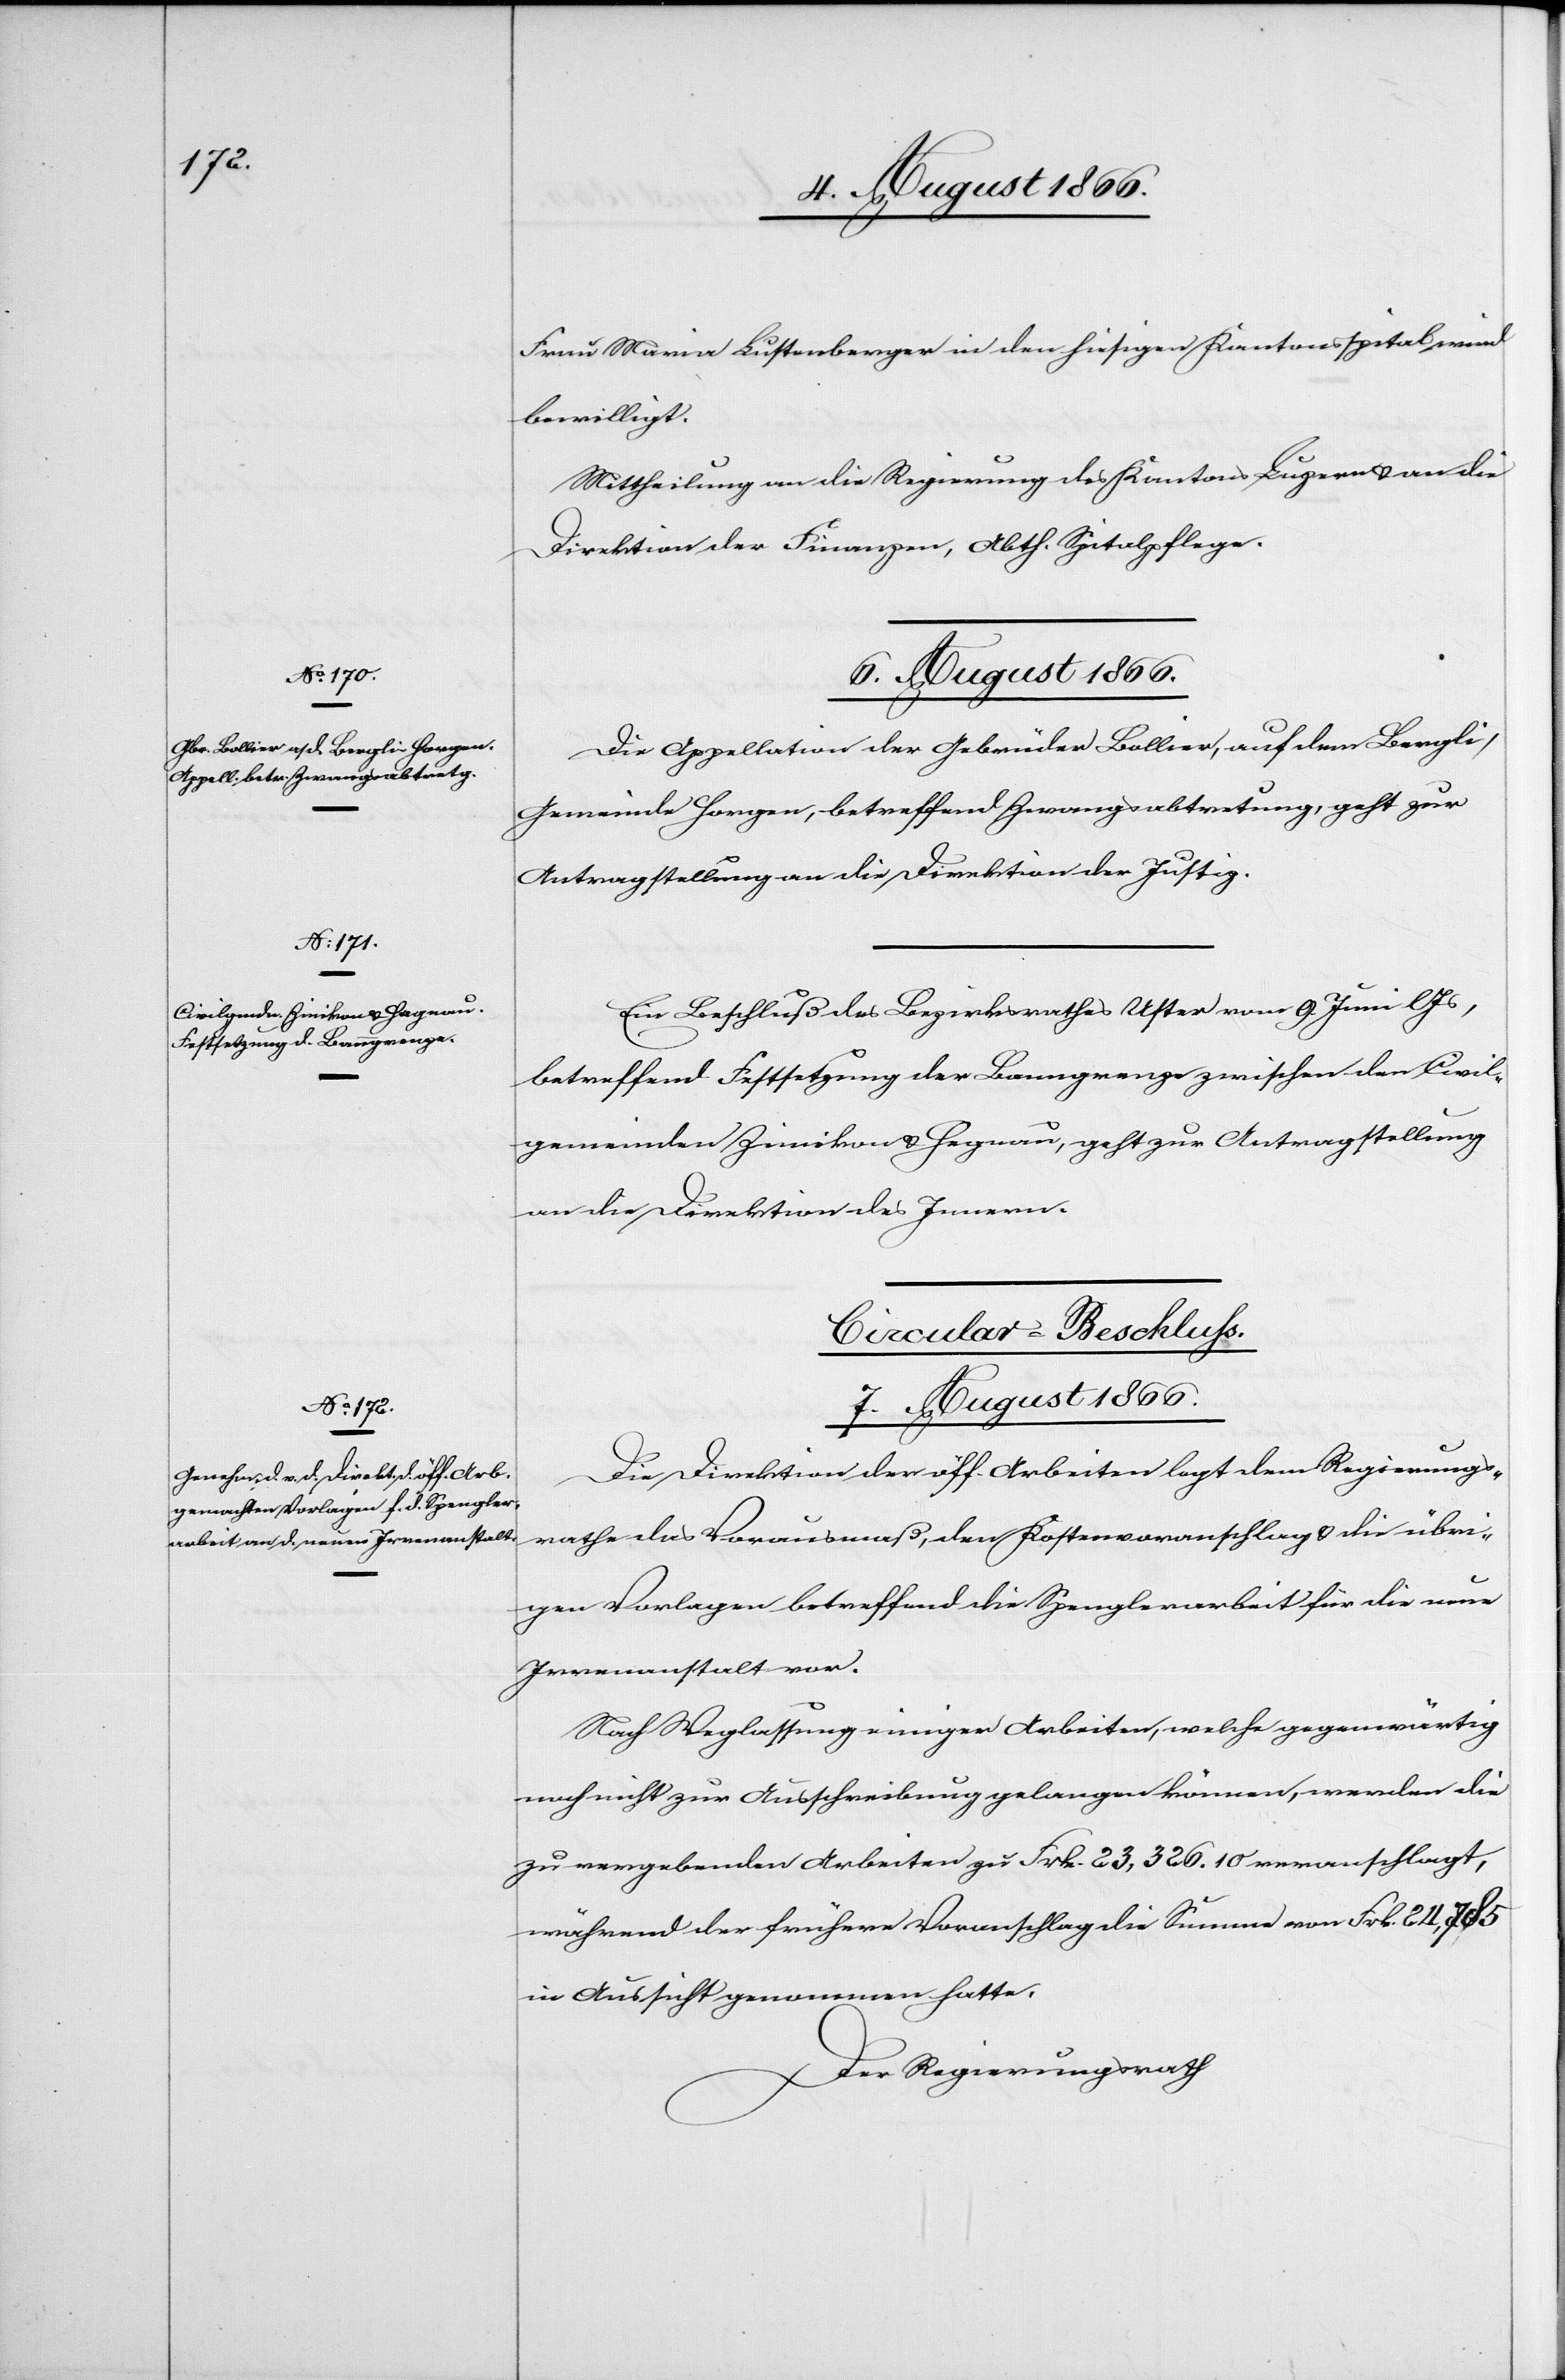
6. August 1866.]
Frau Maria Lustenberger in den hiesigen Kantonsspital wird
bewilligt.
Mittheilung an die Regierung des Kantons Luzern u. an die
Direktion der Finanzen, Abth. Spitalpflege.
Die Appellation der Gebrüder Bollier, auf dem Bergli,
Gemeinde Horgen, betreffend Zwangsabtretung, geht zur
Antragstellung an die Direktion der Justiz.
Ein Beschluß des Bezirksrathes Uster vom 9. Juni lJs,
betreffend Festsetzung der Banngrenze zwischen den Civil¬
gemeinden Zumikon u. Hagenau, geht zur Antragstellung
an die Direktion des Innern.
Circular-Beschluß.
7. August 1866.
Die Direktion der öff. Arbeiten legt dem Regierungs¬
rathe das Vorausmaß, den Kostenvoranschlag u. die übri¬
gen Vorlagen betreffend die Spenglerarbeiten für die neue
Irrenanstalt vor.
Nach Weglassung einiger Arbeiten, welche gegenwärtig
noch nicht zur Ausschreibung gelangen können, werden die
zu vergebenden Arbeiten zu Frk. 23 326.10 veranschlagt,
während der frühere Voranschlag die Summe von Frk. 24 785
in Aussicht genommen hatte.
Der Regierungsrath,